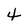
Character: 4